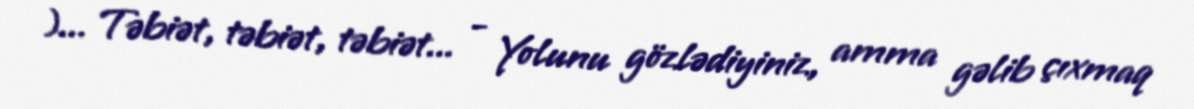
)... Təbiət, təbiət, təbiət... - Yolunu gözlədiyiniz, amma gəlib çıxmaq